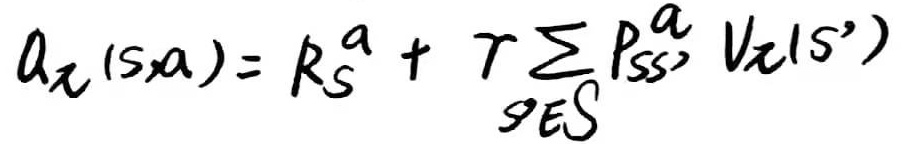
$q_{\pi}(s,a)=R_{s}^{a}+\gamma\sum_{s'\in\mathcal{S}}P_{ss'}^{a}V_{\pi}(s')$